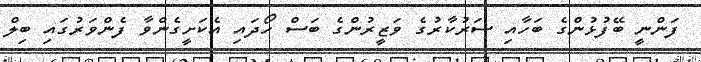
ފަންނީ ބޭފުޅުންގެ ބަހާއި ސަރުކާރުގެ ވަޒީރުންގެ ބަސް ހޯދައި އެކަށީގެންވާ ފެންވަރުގައި ބިލް